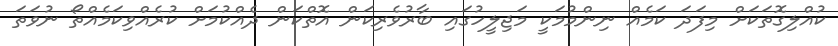
ކުއްލިގޮތަކަށް މިފަދަ ކަމެއް ނިންމުމަކީ މަޖިލީހުގައި ބާރުވެރިކަން އޮތްކަން ދެއްކުމަށް ކުރެއްވިކަމެއްތޯ ނުވަތަ